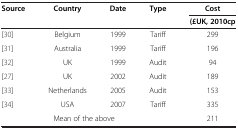
<table><thead><tr><td><b>Source</b></td><td><b>Country</b></td><td><b>Date</b></td><td><b>Type</b></td><td><b>Cost</b></td></tr><tr><td><b> </b></td><td><b> </b></td><td><b> </b></td><td><b> </b></td><td><b>(£UK, 2010cp</b></td></tr></thead><tbody><tr><td>[30]</td><td>Belgium</td><td>1999</td><td>Tariff</td><td>299</td></tr><tr><td>[31]</td><td>Australia</td><td>1999</td><td>Tariff</td><td>196</td></tr><tr><td>[32]</td><td>UK</td><td>1999</td><td>Audit</td><td>94</td></tr><tr><td>[27]</td><td>UK</td><td>2002</td><td>Audit</td><td>189</td></tr><tr><td>[33]</td><td>Netherlands</td><td>2005</td><td>Audit</td><td>153</td></tr><tr><td>[34]</td><td>USA</td><td>2007</td><td>Tariff</td><td>335</td></tr><tr><td colspan="4">Mean of the above</td><td>211</td></tr></tbody></table>